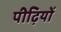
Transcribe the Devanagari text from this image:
पीढ़ियों